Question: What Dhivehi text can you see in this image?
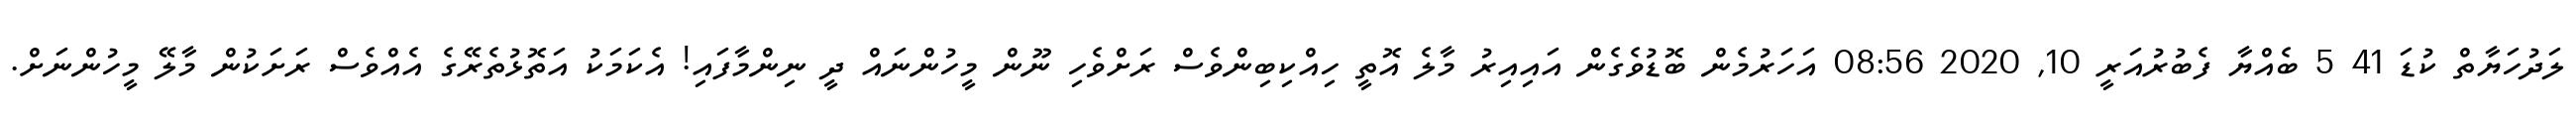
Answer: ލަދުހަޔާތް ކުޑަ 41 5 ބެއްޔާ ފެބުރުއަރީ 10, 2020 08:56 އަހަރުމެން ބޮޑުވެގެން އައިއިރު މާލެ އޮތީ ހިއްކިބިންވެސް ރަށްވެހި ނޫން މީހުންނައް ދީ ނިންމާފައި! އެކަމަކު އަތޮޅުތެރޭގެ އެއްވެސް ރަށަކުން މާލޭ މީހުންނަށް.